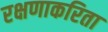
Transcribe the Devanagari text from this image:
रक्षणाकरिता